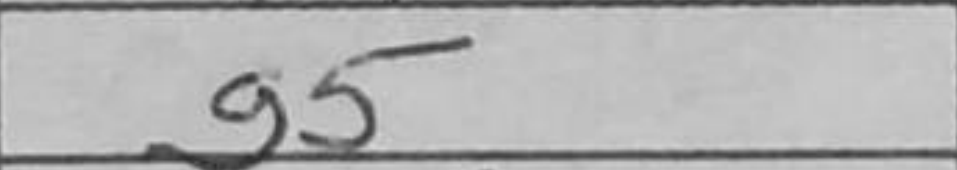
Transcription: g5